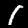
Label: 1